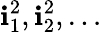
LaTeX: \mathbf{i}_{1}^{2},\mathbf{i}_{2}^{2},\dots